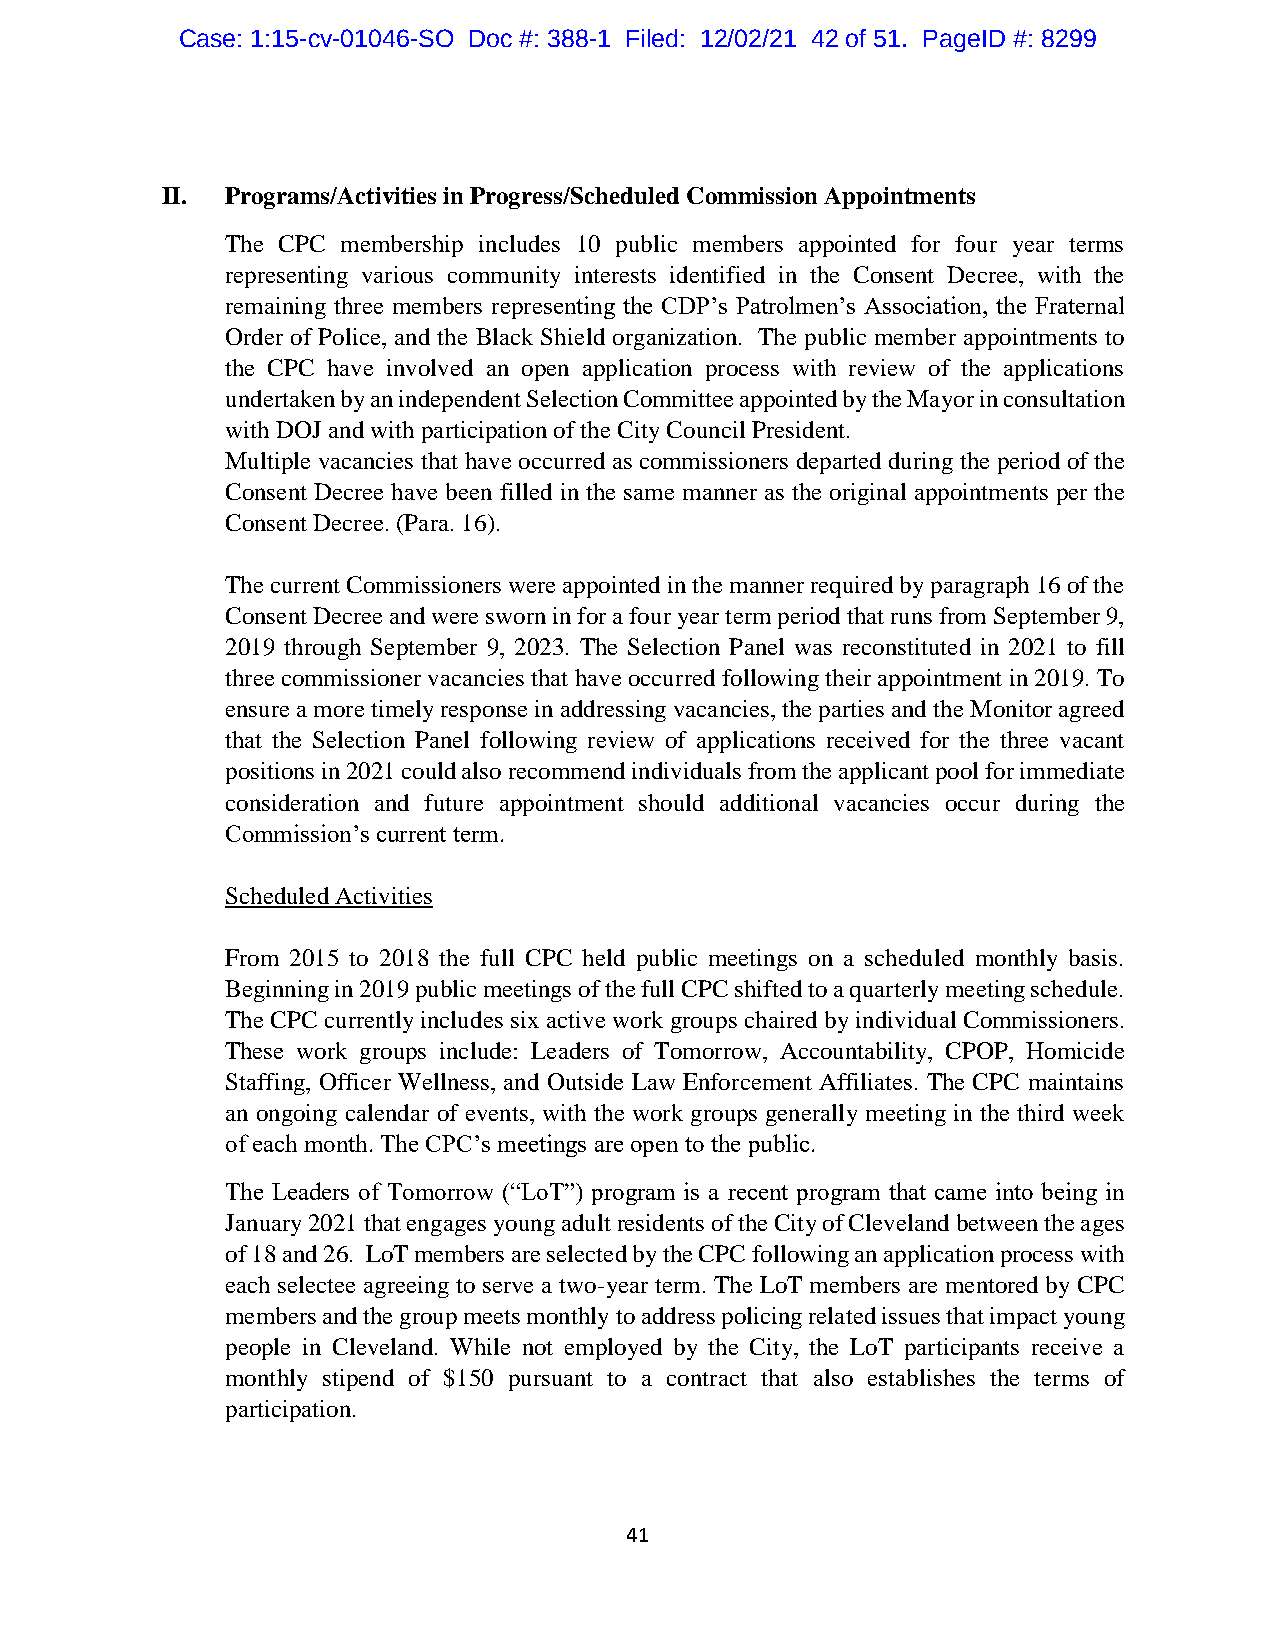
Case: 1:15-cv-01046-SO Doc #: 388-1 Filed: 12/02/21 42 of 51. PageID #: 8299
 II. Programs/Activities in Progress/Scheduled Commission Appointments
 The CPC membership includes 10 public members appointed for four year terms
 representing various community interests identified in the Consent Decree, with the
 remaining three members representing the CDP’s Patrolmen’s Association, the Fraternal
 Order of Police, and the Black Shield organization. The public member appointments to
 the CPC have involved an open application process with review of the applications
 undertaken by an independent Selection Committee appointed by the Mayor in consultation
 with DOJ and with participation of the City Council President.
 Multiple vacancies that have occurred as commissioners departed during the period of the
 Consent Decree have been filled in the same manner as the original appointments per the
 Consent Decree. (Para. 16).
 The current Commissioners were appointed in the manner required by paragraph 16 of the
 Consent Decree and were sworn in for a four year term period that runs from September 9,
 2019 through September 9, 2023. The Selection Panel was reconstituted in 2021 to fill
 three commissioner vacancies that have occurred following their appointment in 2019. To
 ensure a more timely response in addressing vacancies, the parties and the Monitor agreed
 that the Selection Panel following review of applications received for the three vacant
 positions in 2021 could also recommend individuals from the applicant pool for immediate
 consideration and future appointment should additional vacancies occur during the
 Commission’s current term.
 Scheduled Activities
 From 2015 to 2018 the full CPC held public meetings on a scheduled monthly basis.
 Beginning in 2019 public meetings of the full CPC shifted to a quarterly meeting schedule.
 The CPC currently includes six active work groups chaired by individual Commissioners.
 These work groups include: Leaders of Tomorrow, Accountability, CPOP, Homicide
 Staffing, Officer Wellness, and Outside Law Enforcement Affiliates. The CPC maintains
 an ongoing calendar of events, with the work groups generally meeting in the third week
 of each month. The CPC’s meetings are open to the public.
 The Leaders of Tomorrow (“LoT”) program is a recent program that came into being in
 January 2021 that engages young adult residents of the City of Cleveland between the ages
 of 18 and 26. LoT members are selected by the CPC following an application process with
 each selectee agreeing to serve a two-year term. The LoT members are mentored by CPC
 members and the group meets monthly to address policing related issues that impact young
 people in Cleveland. While not employed by the City, the LoT participants receive a
 monthly stipend of $150 pursuant to a contract that also establishes the terms of
 participation.
 41